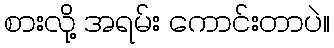
စားလို့ အရမ်း ကောင်းတာပဲ။